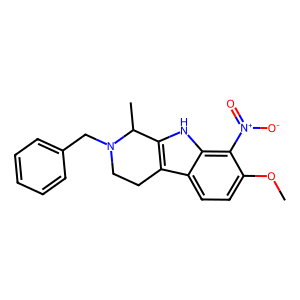
SMILES: COc1ccc2c3c([nH]c2c1[N+](=O)[O-])C(C)N(Cc1ccccc1)CC3
Inhibits HIV replication: No